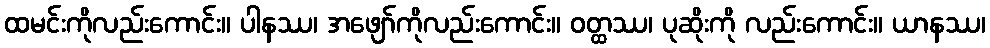
ထမင်းကိုလည်းကောင်း။ ပါနဿ၊ အဖျော်ကိုလည်းကောင်း။ ဝတ္ထဿ၊ ပုဆိုးကို လည်းကောင်း။ ယာနဿ၊